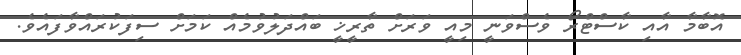
އޮބާމާ އާއި ކާސްޓްރޯ ވެސްވަނީ މިއީ ވަރަށް ތާރީޚީ ބައްދަލުވުމެއް ކަމަށް ސިފަކުރައްވާފައެވެ.